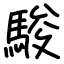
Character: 駿